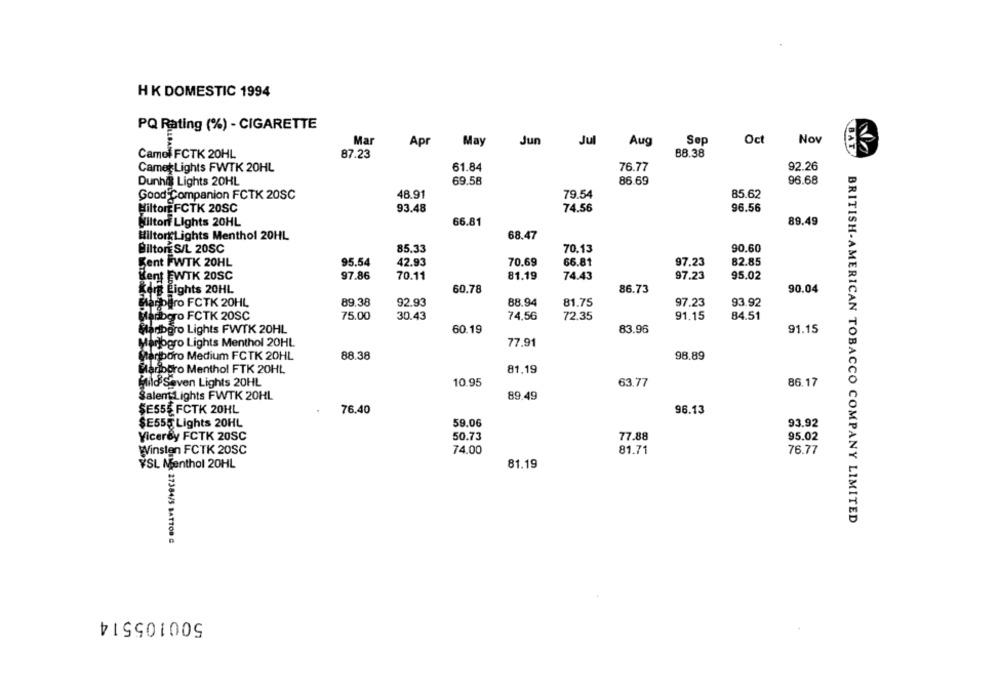
HK DOMESTIC 1994
PQ Rating (%) - CIGARETTE
Nov
Mar
Apr
May
Jun Jul
Aug
Sep
Oct
BAT
Camel FCTK 20HL
87.23
88.38
92.26
Camet Lights FWTK 20HL
61.84
76.77
96.68
Dunhis Lights 20HL
69.58
86.69
48.91
79.54
85.62
Good Companion FCTK 20SC
74.56
96.56
HiltorEFCTK 20SC
93.48
giltori Lights 20HL
66.81
89.49
68.47
HiltorkLights Menthol 20HL
BiltonE S/L 20SC
85.33
70.13
90.60
Sent FWTK 20HL
95.54
42.93
70.69
66.81
97.23
82.85
Hent EWTK 20SC
97.86
70.11
81.19
74.43
97.23
95.02
Kerk Lights 20HL
60,78
86.73
90.04
Marpero FCTK 20HL
89.38
92.93
88.94
81.75
97.23
93.92
Marboro FCTK 20SC
75.00
30.43
74.56
72.35
91.15
84.51
Marlboro Lights FWTK 20HL
60.19
83.96
91.15
Marlogro Lights Menthol 20HL
77.91
Marlboro Medium FCTK 20HL
88.38
98.89
Mariogro Menthol FTK 20HL
81.19
Mild Seven Lights 20HL
10.95
63.77
86.17
SalemLights FWTK 20HL
89.49
SE555 FCTK 20HL
76.40
96.13
59.06
$E555 Lights 20HL
93.92
50.73
77.88
95.02
Viceroy FCTK 20SC
Winsten FCTK 20SC
74.00
81.71
76.77
YSL Menthol 20HL
81.19
BRITISH-AMERICAN TOBACCO COMPANY LIMITED
27384/5 BATTOD &
500105514